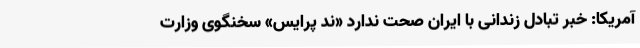
آمریکا: خبر تبادل زندانی با ایران صحت ندارد «ند پرایس» سخنگوی وزارت